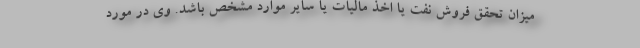
میزان تحقق فروش نفت یا اخذ مالیات یا سایر موارد مشخص باشد. وی در مورد